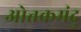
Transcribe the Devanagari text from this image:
ओत्तकमंदु